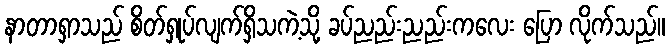
နာတာရှာသည် စိတ်ရှုပ်လျက်ရှိသကဲ့သို့ ခပ်ညည်းညည်းကလေး ပြော လိုက်သည်။